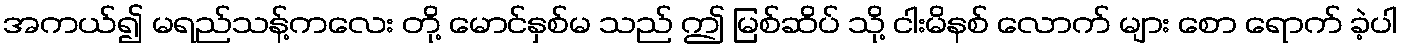
အကယ်၍ မရည်သန့်ကလေး တို့ မောင်နှစ်မ သည် ဤ မြစ်ဆိပ် သို့ ငါးမိနစ် လောက် များ စော ရောက် ခဲ့ပါ